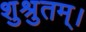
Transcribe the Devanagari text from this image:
शुश्रुतम्।